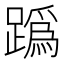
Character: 𨅌